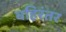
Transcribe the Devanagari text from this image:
बहिरंतर